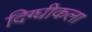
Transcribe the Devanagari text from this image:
दिग्घीकला